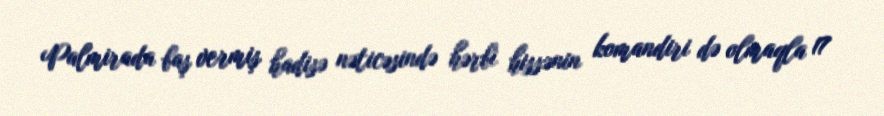
Palmirada baş vermiş hadisə nəticəsində hərbi hissənin komandiri də olmaqla 17